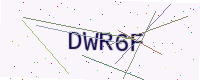
Text: DWR6F